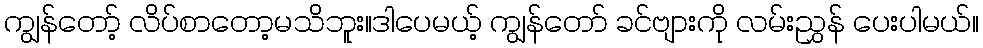
ကျွန်တော့် လိပ်စာတော့မသိဘူး။ဒါပေမယ့် ကျွန်တော် ခင်ဗျားကို လမ်းညွှန် ပေးပါမယ်။